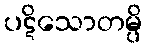
ပဋိသောတမ္ပိ